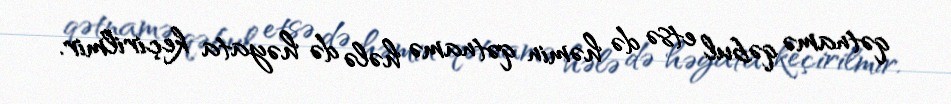
qətnamə qəbul etsə də həmin qətnamə hələ də həyata keçirilmir.